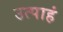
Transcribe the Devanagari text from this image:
उत्पाहं